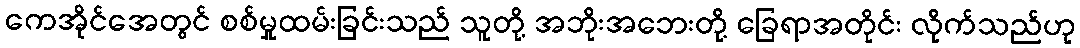
ကေအိုင်အေတွင် စစ်မှုထမ်းခြင်းသည် သူတို့ အဘိုးအဘေးတို့ ခြေရာအတိုင်း လိုက်သည်ဟု